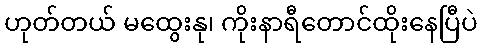
ဟုတ်တယ် မထွေးနု၊ ကိုးနာရီတောင်ထိုးနေပြီပဲ